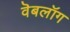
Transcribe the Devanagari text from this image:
वॆबलॉग